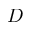
{ \cal D }